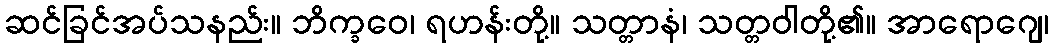
ဆင်ခြင်အပ်သနည်း။ ဘိက္ခဝေ၊ ရဟန်းတို့။ သတ္တာနံ၊ သတ္တဝါတို့၏။ အာရောဂျေ၊